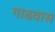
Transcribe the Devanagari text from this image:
गाढवास